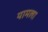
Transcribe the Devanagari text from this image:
यामला